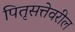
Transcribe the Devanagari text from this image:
पितृसत्तेवरील